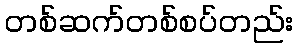
တစ်ဆက်တစ်စပ်တည်း